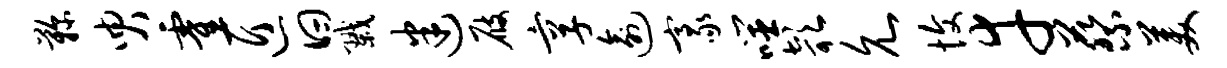
鞠臾霍匠曰戮迷屐享逾豪噬欹允愎幸蔡美